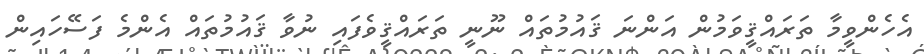
އެހެންވީމާ ތަރައްޤީވަމުން އަންނަ ޤައުމުތައް ނޫނީ ތަރައްޤީވެފައި ނުވާ ޤައުމުތައް އެންމެ ފަސޭހައިން